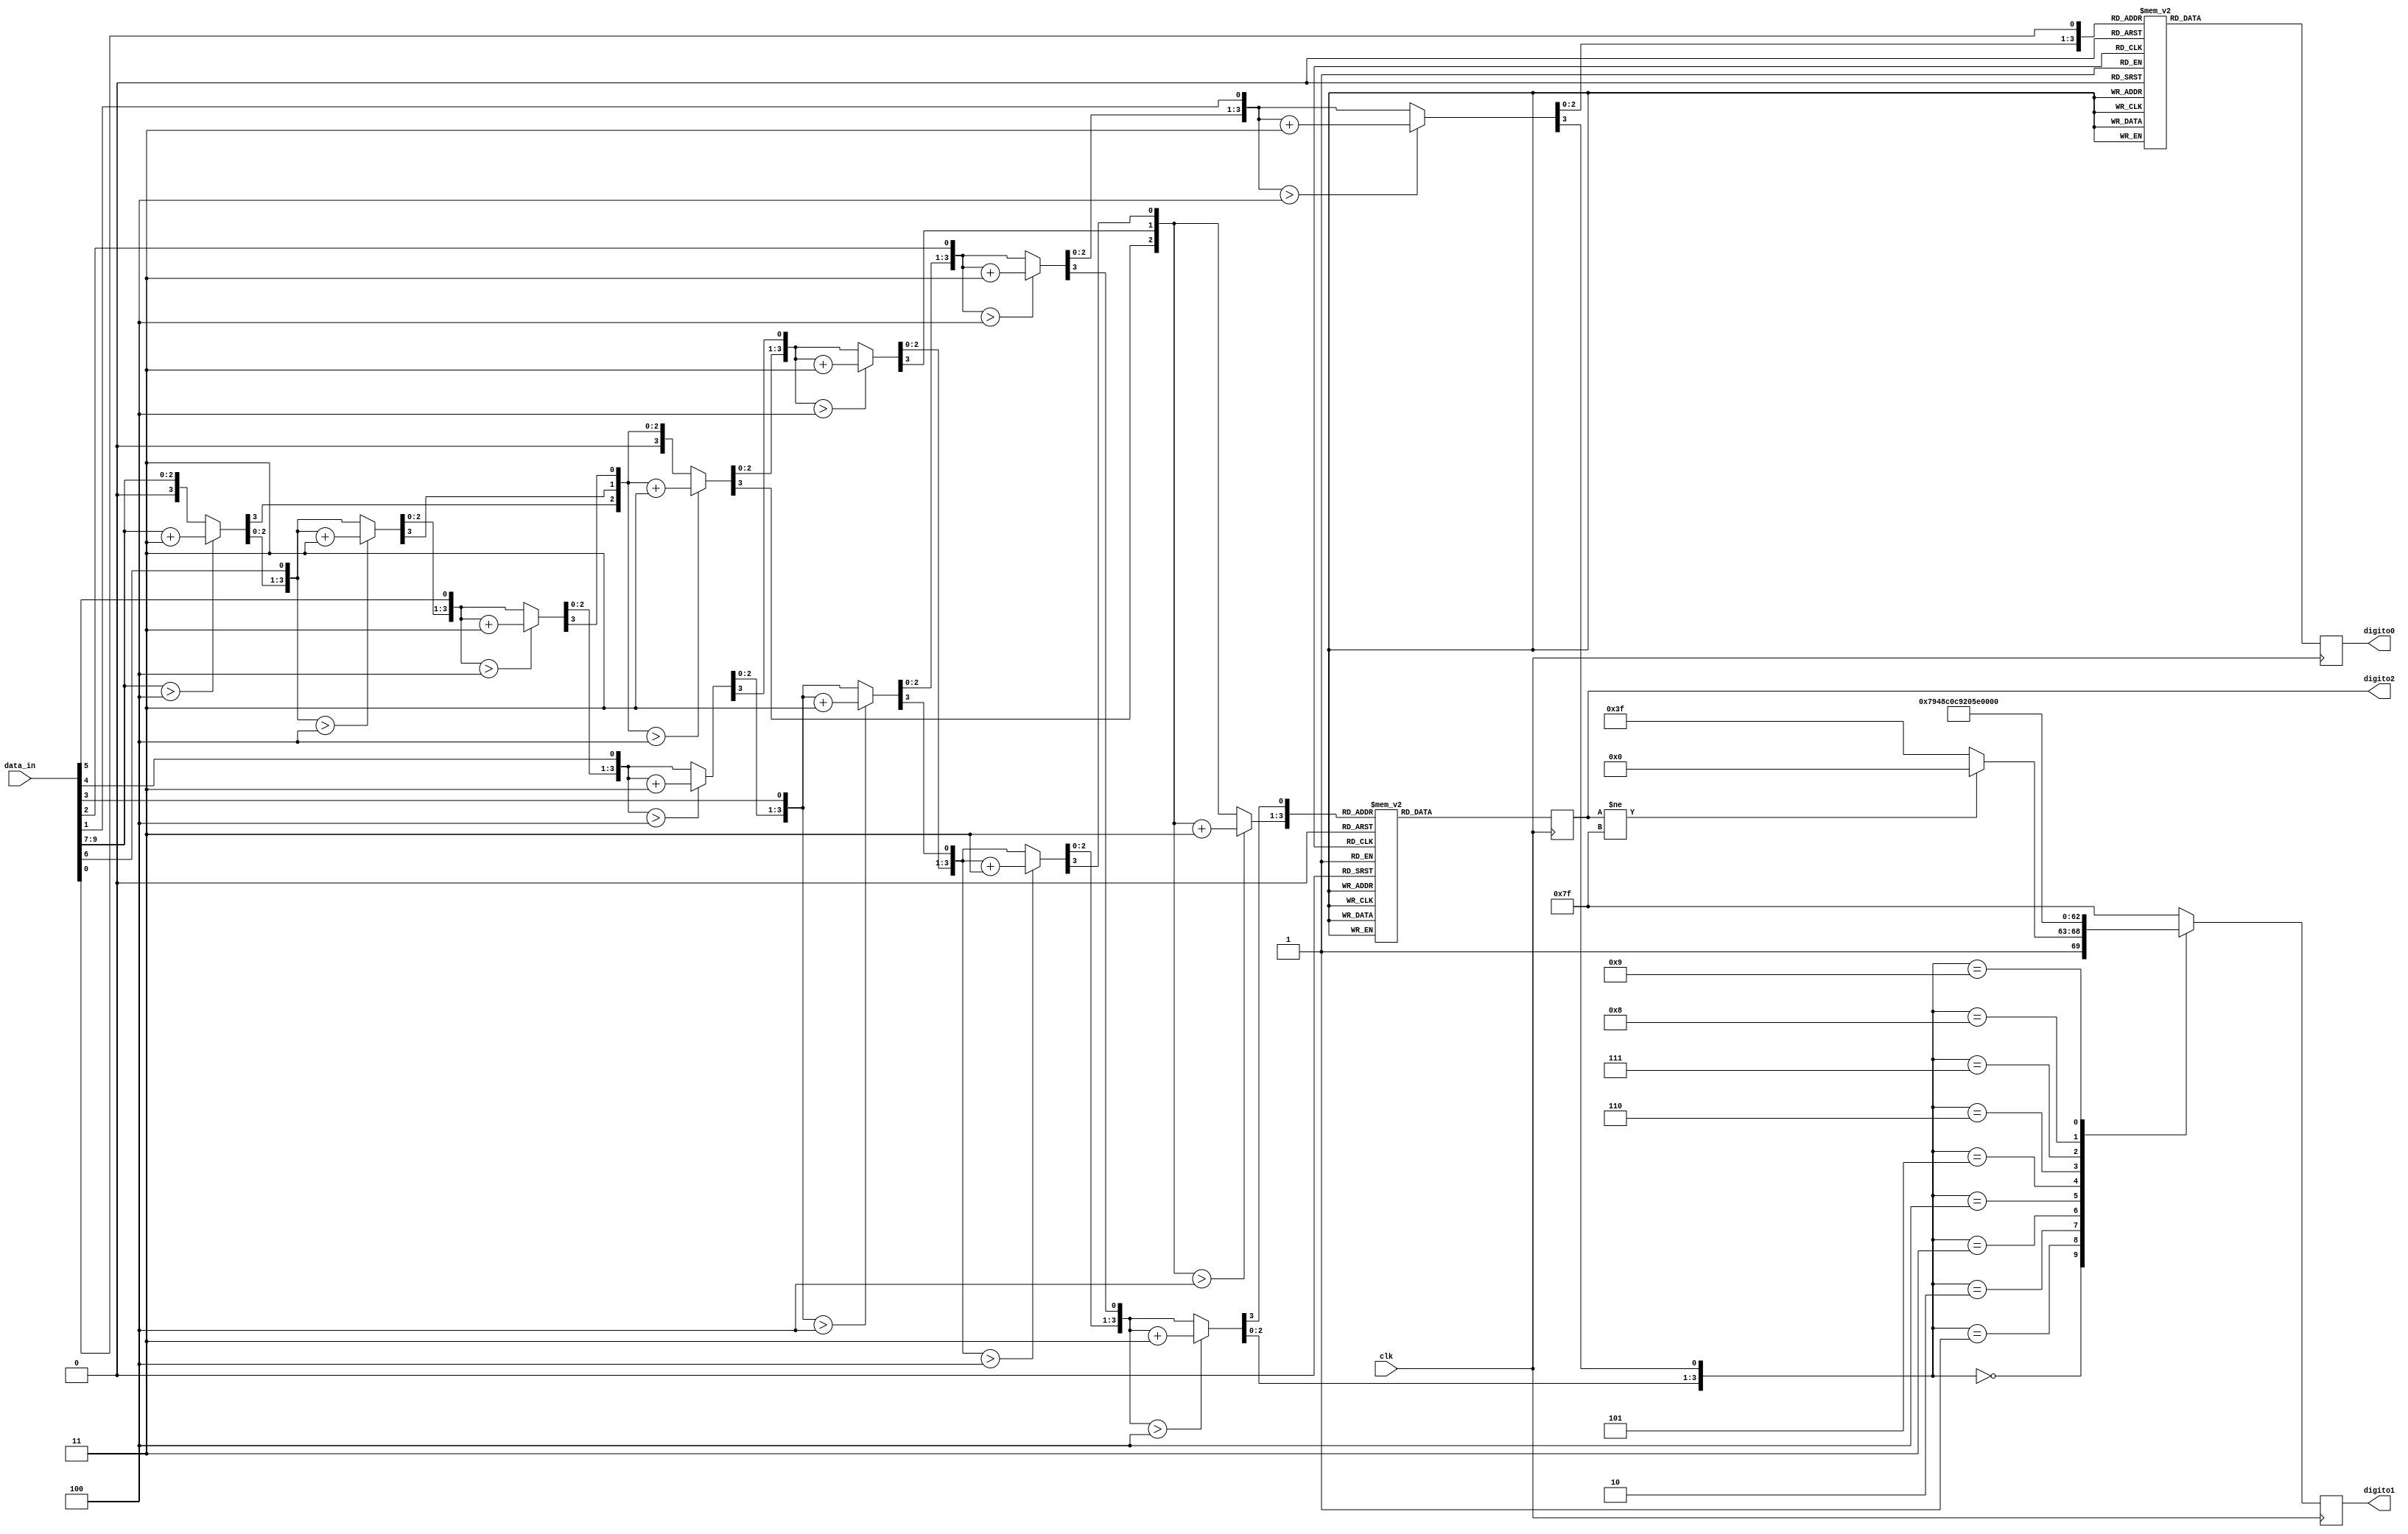
module conversor_bin_dec(
    input clk,
    input [9:0] data_in,
    output reg [6:0] digito0, // digito da direita
    output reg [6:0] digito1,
    output reg [6:0] digito2
    );
    reg [12:0] bcd = 0;
    integer i,j;

    always @(negedge clk)
    begin
        // Converter binrio para decimal
        for(i = 0; i <= 12; i = i+1)
            bcd[i] = 0;                                              // initialize with zeros
        bcd[9:0] = data_in;                                         // initialize with input vector
        for(i = 0; i <= 6; i = i+1)                                 // iterate on structure depth
            for(j = 0; j <= i/3; j = j+1)                            // iterate on structure width
                if (bcd[10-i + 4*j -: 4] > 4)                        // if > 4
                    bcd[10-i+4*j -: 4] = bcd[10-i+4*j -: 4] + 4'd3;  // add 3

        // Mostrar os dgitos no display
        case (bcd[3:0])
            4'b0000: digito0 = 7'b1000000; // 0
            4'b0001: digito0 = 7'b1111001; // 1
            4'b0010: digito0 = 7'b0100100; // 2
            4'b0011: digito0 = 7'b0110000; // 3
            4'b0100: digito0 = 7'b0011001; // 4
            4'b0101: digito0 = 7'b0010010; // 5
            4'b0110: digito0 = 7'b0000010; // 6
            4'b0111: digito0 = 7'b1111000; // 7
            4'b1000: digito0 = 7'b0000000; // 8
            4'b1001: digito0 = 7'b0010000; // 9
            default: digito0 = 7'b1111111; // data_in invlida
        endcase

        case (bcd[7:4])
            4'b0000:
            begin
                if (digito2 != 7'b1111111)
                    digito1 = 7'b1000000; // 0
                else
                    digito1 = 7'b1111111; // Apagado
            end
            4'b0001: digito1 = 7'b1111001; // 1
            4'b0010: digito1 = 7'b0100100; // 2
            4'b0011: digito1 = 7'b0110000; // 3
            4'b0100: digito1 = 7'b0011001; // 4
            4'b0101: digito1 = 7'b0010010; // 5
            4'b0110: digito1 = 7'b0000010; // 6
            4'b0111: digito1 = 7'b1111000; // 7
            4'b1000: digito1 = 7'b0000000; // 8
            4'b1001: digito1 = 7'b0010000; // 9
            default: digito1 = 7'b1111111; // data_in invlida
        endcase

        case (bcd[11:8])
            // 4'b0000: digito2 = 7'b1000000; // 0
            4'b0001: digito2 = 7'b1111001; // 1
            4'b0010: digito2 = 7'b0100100; // 2
            4'b0011: digito2 = 7'b0110000; // 3
            4'b0100: digito2 = 7'b0011001; // 4
            4'b0101: digito2 = 7'b0010010; // 5
            4'b0110: digito2 = 7'b0000010; // 6
            4'b0111: digito2 = 7'b1111000; // 7
            4'b1000: digito2 = 7'b0000000; // 8
            4'b1001: digito2 = 7'b0010000; // 9
            default: digito2 = 7'b1111111; // data_in invlida
        endcase

    end

endmodule